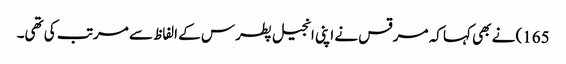
165) نے بھی کہا کہ مرقس نے اپنی انجیل پطرس کے الفاظ سے مرتب کی تھی۔